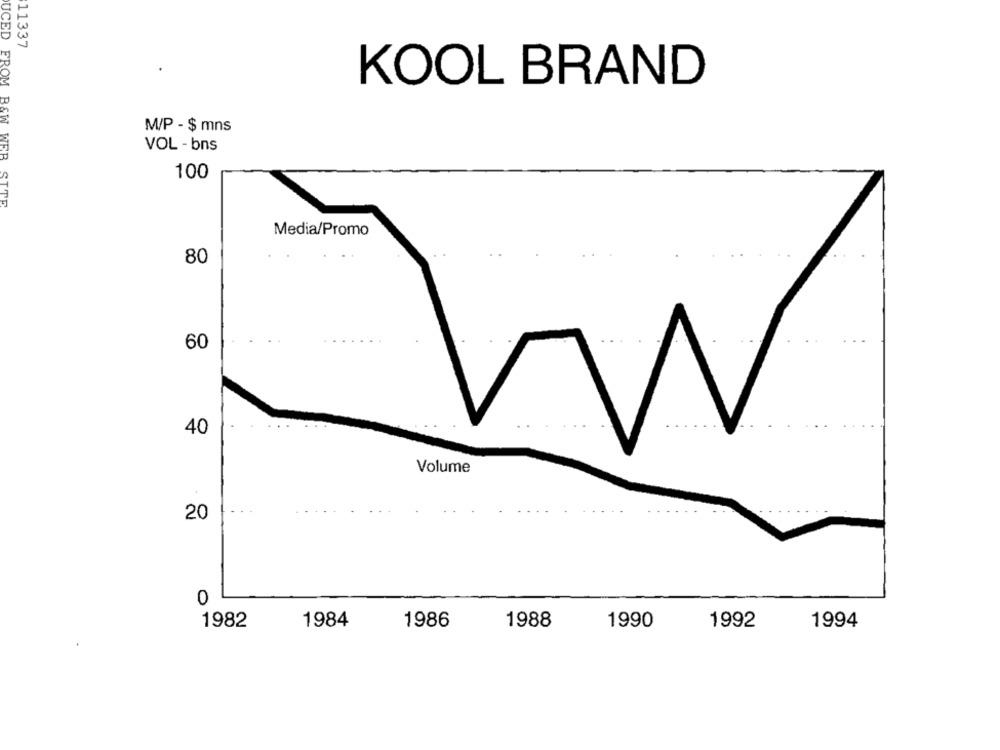
11337
KOOL BRAND
M/P - $ mns
VOL - bns
100
UCED FROM B&W WEB SITE
Media/Promo
80
60
40
Volume
20
0
1982
1984
1986
1988
1990
1992
1994